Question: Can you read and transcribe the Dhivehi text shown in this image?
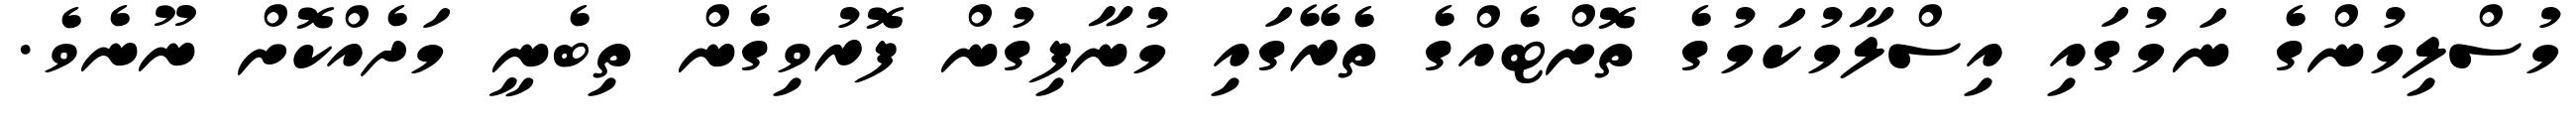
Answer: މުސްލިމުންގެ ނަމުގައި އިސްލާމުކަމުގެ ތޮށްޓެއްގެ ތެރޭގައި މުނާފިގުން ފޮރުވިގެން ތިބެނީ މަދެއްކޮށް ނޫނެވެ.